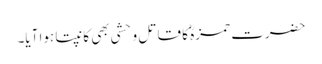
حضرت حمزہؓ کا قاتل وحشی بھی کانپتا ہوا آیا۔